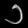
Digit: ၁